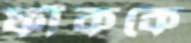
ফাঁককে